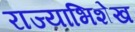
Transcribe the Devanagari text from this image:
राज्याभिशेख